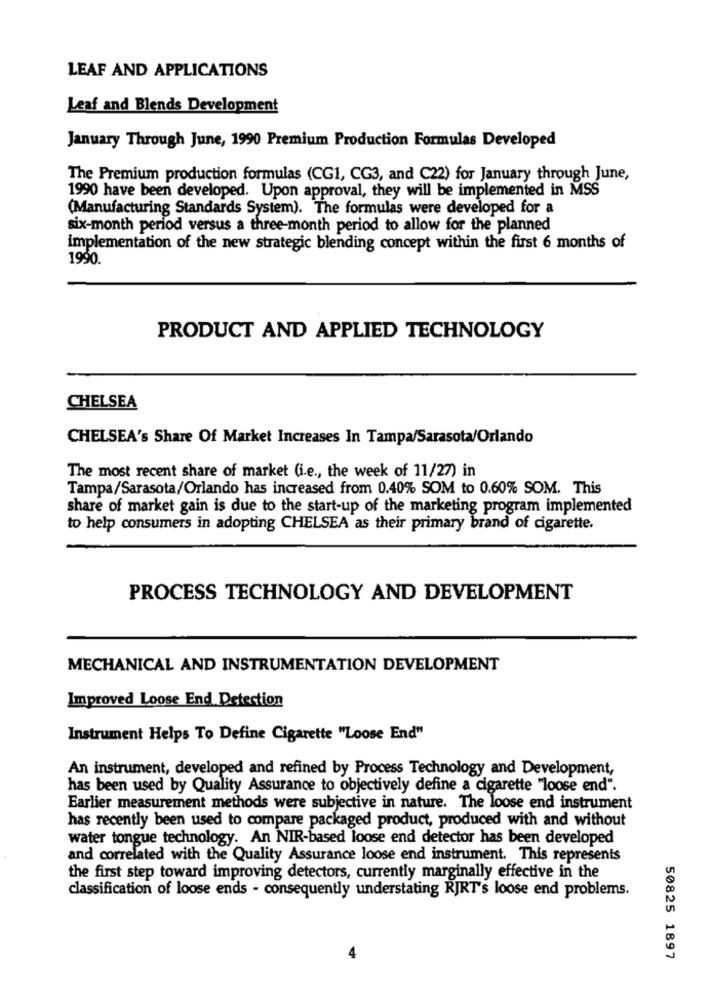
LEAF AND APPLICATIONS
Leaf and Blends Development
January Through June, 1990 Premium Production Formulas Developed
The Premium production formulas (CG1, CG3, and C22) for January through June,
1990 have been developed. Upon approval, they will be implemented in MSS
(Manufacturing Standards System). The formulas were developed for a
six-month period versus a three-month period to allow for the planned
implementation of the new strategic blending concept within the first 6 months of
1990.
PRODUCT AND APPLIED TECHNOLOGY
CHELSEA
CHELSEA's Share Of Market Increases In Tampa/Sarasota/Orlando
The most recent share of market (i.e ., the week of 11/27) in
Tampa/Sarasota/Orlando has increased from 0.40% SOM to 0.60% SOM. This
share of market gain is due to the start-up of the marketing program implemented
to help consumers in adopting CHELSEA as their primary brand of cigarette.
PROCESS TECHNOLOGY AND DEVELOPMENT
MECHANICAL AND INSTRUMENTATION DEVELOPMENT
Improved Loose End Detection
Instrument Helps To Define Cigarette "Loose End"
An instrument, developed and refined by Process Technology and Development,
has been used by Quality Assurance to objectively define a cigarette "loose end".
Earlier measurement methods were subjective in nature. The loose end instrument
has recently been used to compare packaged product, produced with and without
water tongue technology. An NIR-based loose end detector has been developed
and correlated with the Quality Assurance loose end instrument. This represents
the first step toward improving detectors, currently marginally effective in the
classification of loose ends - consequently understating RJRT's loose end problems.
50825 1897